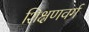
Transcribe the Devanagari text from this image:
शिक्षणवर्ग